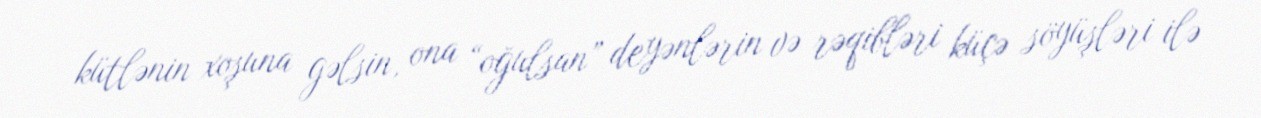
kütlənin xoşuna gəlsin, ona “oğulsan” deyənlərin və rəqibləri küçə söyüşləri ilə